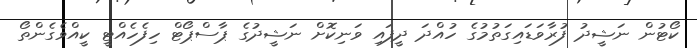
ކޯޓުން ނަޝީދު ފުރާވަޑައިގަތުމުގެ ހުއްދަ ދީފައި ވަނިކޮށް ނަޝީދުގެ ޕާސްޕޯޓް ހިފެހެއްޓީ ކީއްވެގެންތޯ